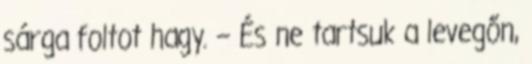
sárga foltot hagy. – És ne tartsuk a levegőn,